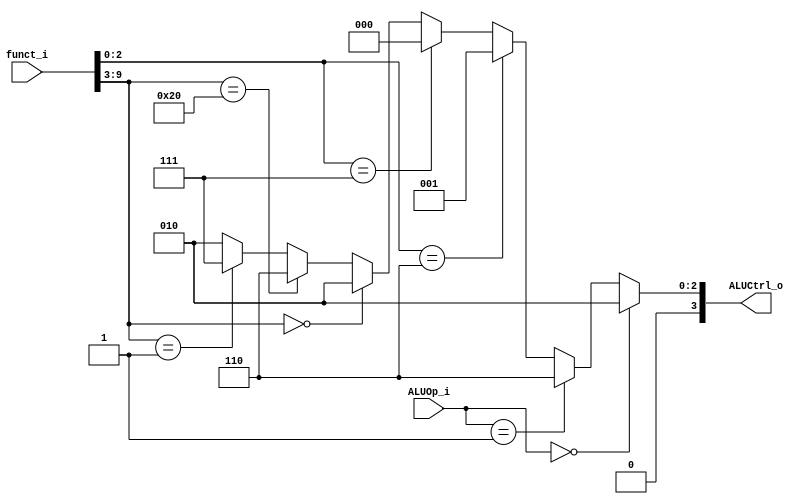
// ALU_Control.v
module ALU_Control(
	funct_i,
	ALUOp_i,
	ALUCtrl_o
);
input [9:0] funct_i; // instruction[31:25, 14:12] {funct7, funct3}
input [1:0] ALUOp_i;
//TODO magic : change : "assign" to "always"
//output [3:0] ALUCtrl_o;
output reg [3:0] ALUCtrl_o;
//TODO
initial begin
	ALUCtrl_o = 4'b0010; // ALUCtrl_add
end

parameter ALUOp_add = 2'b00; // lw sw
parameter ALUOp_sub = 2'b01; // beq

parameter ALUCtrl_add = 4'b0010;
parameter ALUCtrl_sub = 4'b0110;
parameter ALUCtrl_and = 4'b0000;
parameter ALUCtrl_or = 4'b0001;
parameter ALUCtrl_mul = 4'b0111; //TODO self-defined


parameter funct3_and = 3'b111;
parameter funct3_or = 3'b110;

parameter funct7_add = 7'b000_0000;
parameter funct7_sub = 7'b010_0000;
parameter funct7_mul = 7'b000_0001;

/*
// first determine ALUCtrl by the funct field if it need to
wire [2:0] funct3 = funct_i[2:0];
wire [6:0] funct7 = funct_i[9:3];
wire [3:0] ALUCtrl_by_funct = 
	(funct3 == funct3_or)? ALUCtrl_or :
	(funct3 == funct3_and)? ALUCtrl_and :
	(funct7 == funct7_add)? ALUCtrl_add :
	(funct7 == funct7_sub)? ALUCtrl_sub : ALUCtrl_mul;

assign ALUCtrl_o = 
	(ALUOp_i == ALUOp_add)? ALUCtrl_add : 
	(ALUOp_i == ALUOp_sub)? ALUCtrl_sub : ALUCtrl_by_funct;
*/


//TODO magic : change : "assign" to "always"
//TODO : magic : my hypothesis is : if the conditions are x, then (1) using assign : else : still be x (2) as Forward.v
always @(*) begin
	//TODO : new hypothesis : " ()? 1'b1:1'b0 " will not choose else if the conditions are x
	/*ALUCtrl_o <= 
		(ALUOp_i == ALUOp_add)? ALUCtrl_add :
		(ALUOp_i == ALUOp_sub)? ALUCtrl_sub : 
		(funct_i[2:0] == funct3_or)? ALUCtrl_or :
		(funct_i[2:0] == funct3_and)? ALUCtrl_and :
		(funct_i[9:3] == funct7_add)? ALUCtrl_add :
		(funct_i[9:3] == funct7_sub)? ALUCtrl_sub : ALUCtrl_mul;
	*/
	if(ALUOp_i == ALUOp_add)
		ALUCtrl_o = ALUCtrl_add;
	else if(ALUOp_i == ALUOp_sub)
		ALUCtrl_o = ALUCtrl_sub;
	else if(funct_i[2:0] == funct3_or)
		ALUCtrl_o = ALUCtrl_or;
	else if(funct_i[2:0] == funct3_and)
		ALUCtrl_o = ALUCtrl_and;
	else if(funct_i[9:3] == funct7_add)
		ALUCtrl_o = ALUCtrl_add;
	else if(funct_i[9:3] == funct7_sub)
		ALUCtrl_o = ALUCtrl_sub;
	else if(funct_i[9:3] == funct7_mul)
		ALUCtrl_o = ALUCtrl_mul;
	else
	begin
		ALUCtrl_o = ALUCtrl_add;
	end
end

endmodule